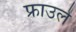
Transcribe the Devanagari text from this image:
फ्राउले